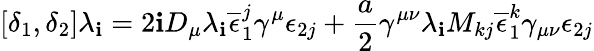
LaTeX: [\delta_{1},\delta_{2}]\lambda_{\mathbf{i}}=2\mathbf{i}D_{\mu}\lambda_{\mathbf{i}}\overline{{{{\epsilon}}}}_{1}^{j}\gamma^{\mu}\epsilon_{2j}+\frac{{a}}{{2}}\gamma^{\mu\nu}\lambda_{\mathbf{i}}M_{kj}\overline{{{{\epsilon}}}}_{1}^{k}\gamma_{\mu\nu}\epsilon_{2j}